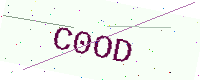
Text: C0OD